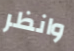
وانظر